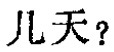
几天？